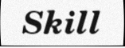
Skill